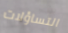
التساؤلات